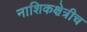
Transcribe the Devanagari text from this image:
नाशिकक्षेत्रीच